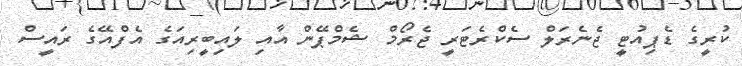
ކުރީގެ ޑެޕިއުޓީ ޖެނެރަލް ސެކްރެޓަރީ ޖެރޯމް ޝެމްޕޭން އާއި ލައިބީރިއަގެ އެފްއޭގެ ރައީސް